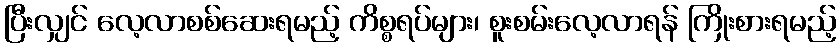
ပြီးလျှင် လေ့လာစစ်ဆေးရမည့် ကိစ္စရပ်များ၊ စူးစမ်းလေ့လာရန် ကြိုးစားရမည့်